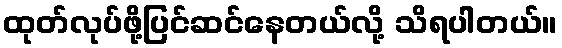
ထုတ်လုပ်ဖို့ပြင်ဆင်နေတယ်လို့ သိရပါတယ်။